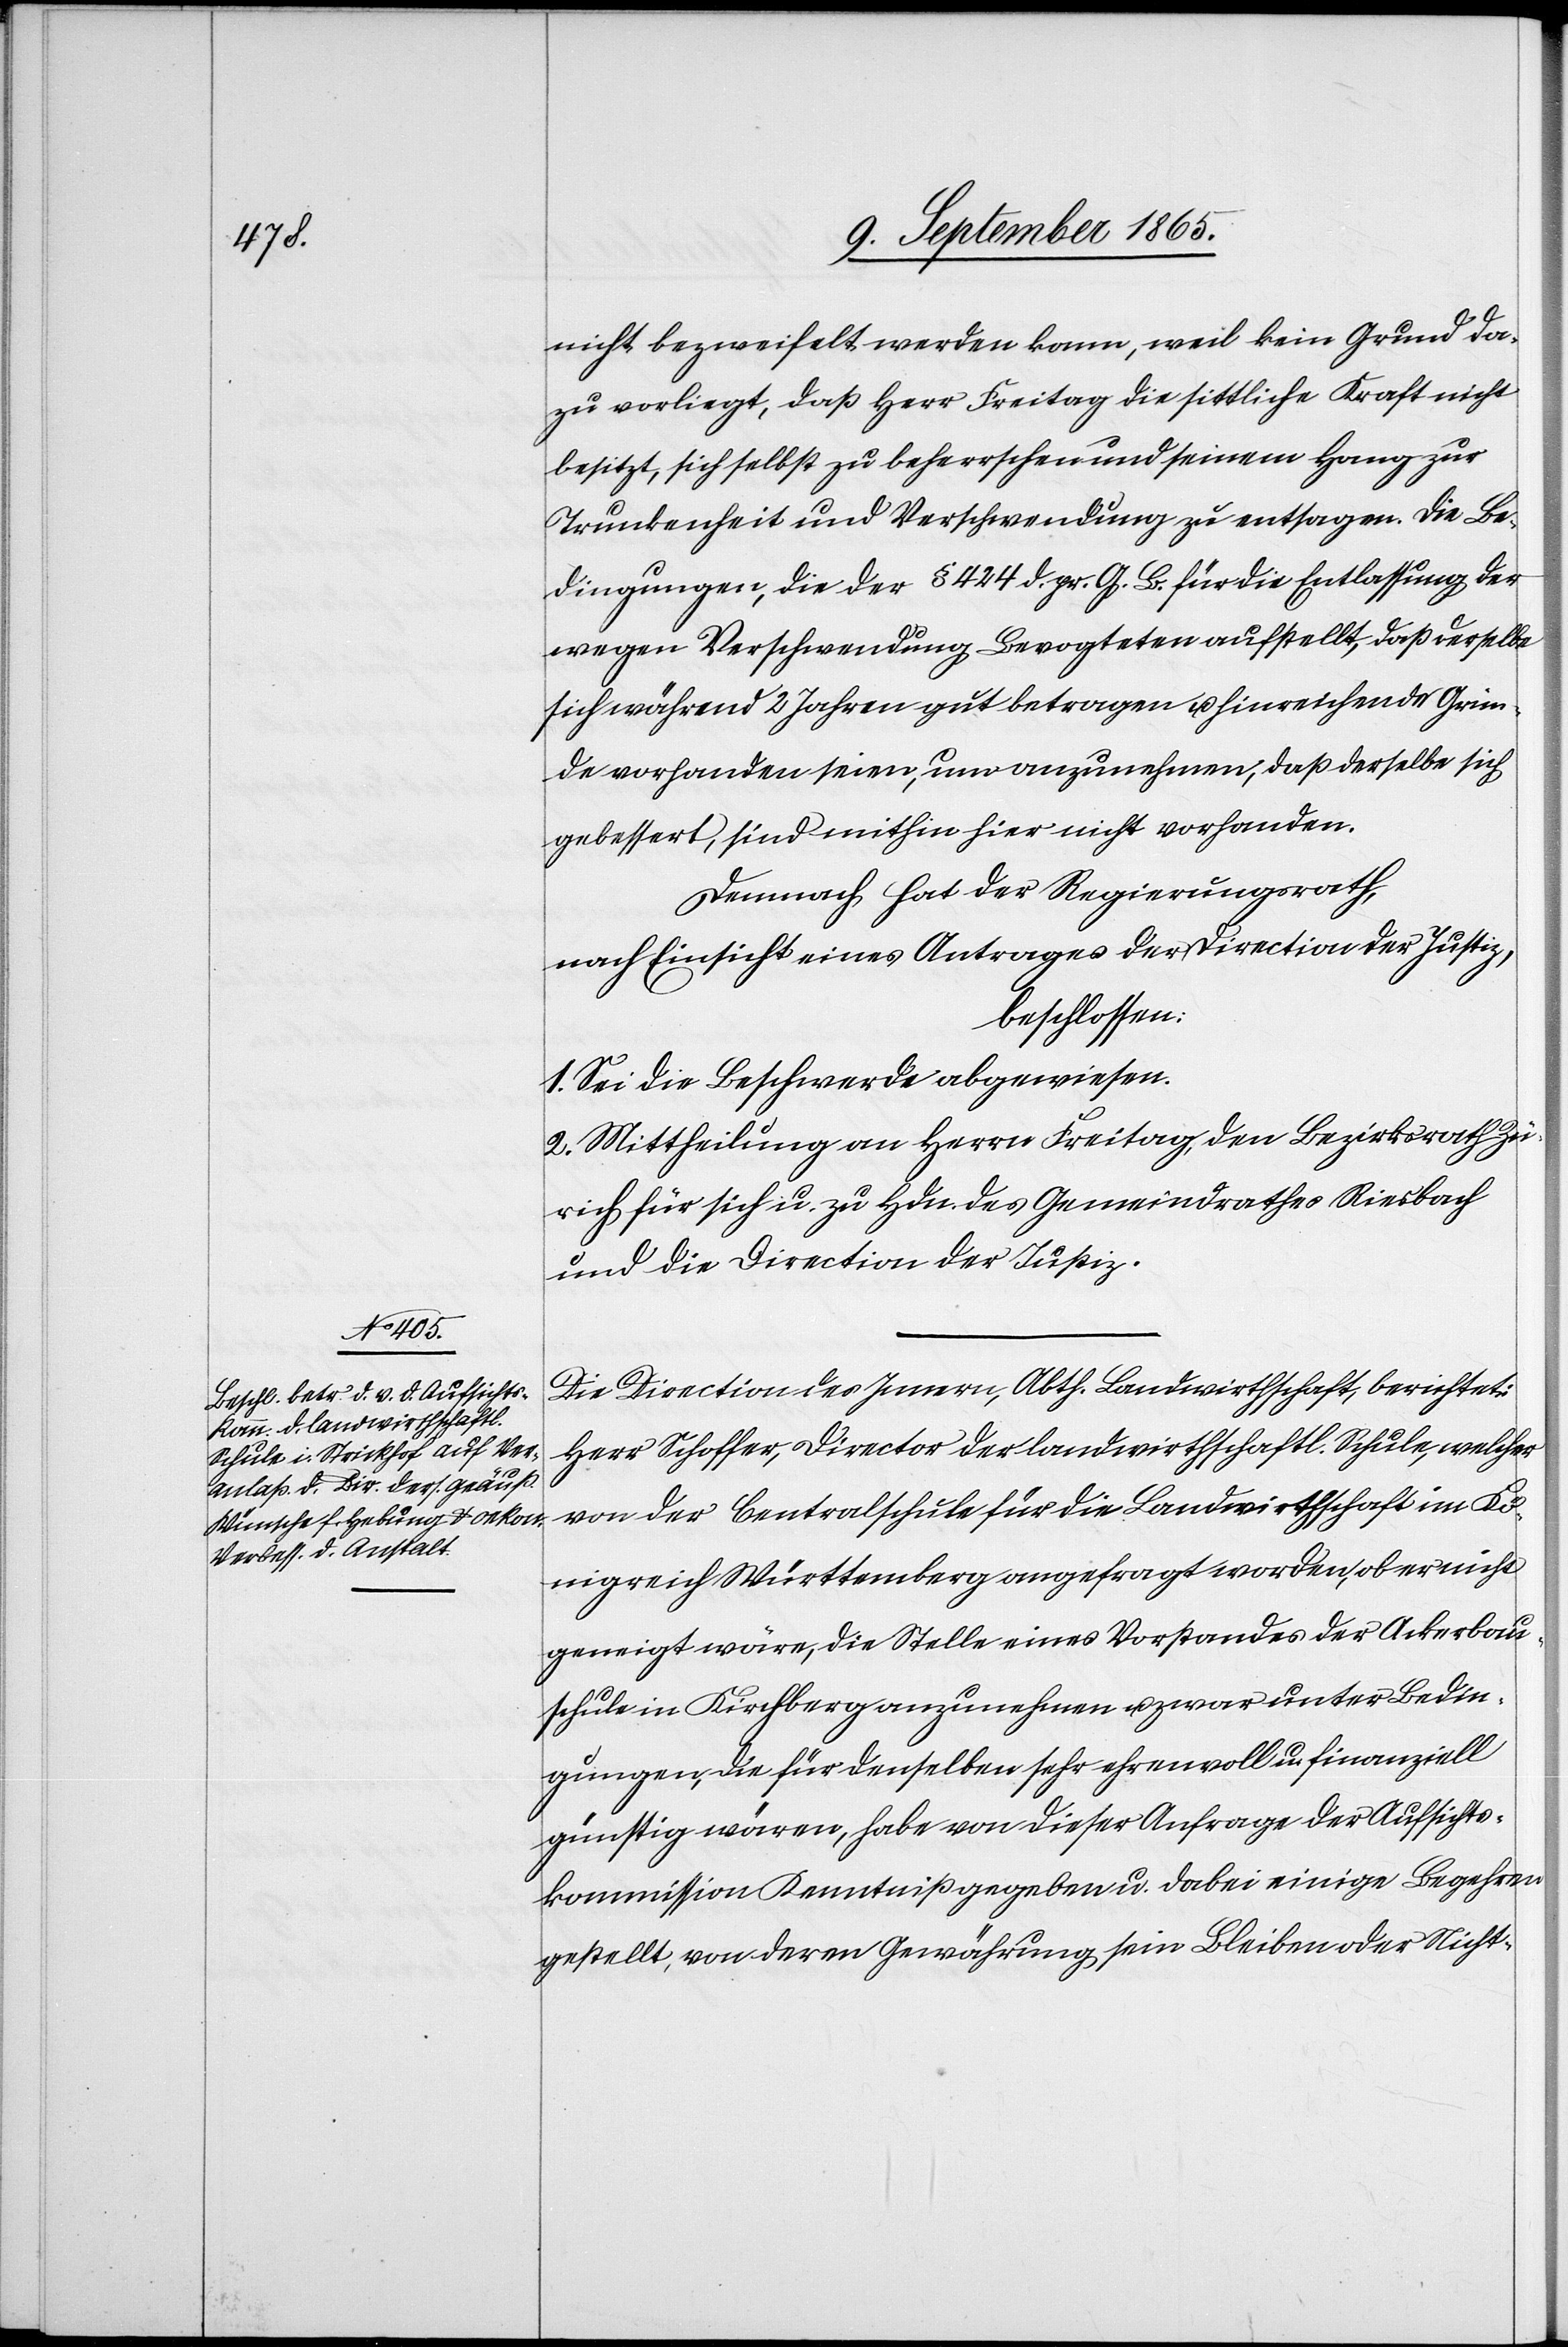
nicht bezweifelt werden kann, weil kein Grund da¬
zu vorliegt, daß Herr Freitag die sittliche Kraft nicht
besitzt, sich selbst zu beherrschen und seinem Hang zur
Trunkenheit und Verschwendung zu entsagen. Die Be¬
dingungen, die der § 424. d. pr. G. B. für die Entlassung der
wegen Verschwendung Bevogteten aufstellt, daß derselbe
sich während 2 Jahren gut betragen u. hinreichende Grün¬
de vorhanden seien, um anzunehmen, daß derselbe sich
gebessert, sind mithin hier nicht vorhanden.
Demnach hat der Regierungsrath,
nach Einsicht eines Antrages der Direction der Justiz,
beschlossen:
1. Sei die Beschwerde abgewiesen.
2. Mittheilung an Herrn Freitag, den Bezirksrath Zü¬
rich für sich u. zu Hdn. des Gemeindrathes Riesbach
und die Direction der Justiz.
Die Direction des Innern, Abth. Landwirthschaft, berichtet:
Herr Schoffer, Director der landwirthschaftl. Schule, welcher
von der Centralschule für die Landwirthschaft im Kö¬
nigreich Württemberg angefragt worden, ob er nicht
geneigt wäre, die Stelle eines Vorstandes der Ackerbau¬
schule in Kirchberg anzunehmen u. zwar unter Bedin¬
gungen, die für denselben sehr ehrenvoll u. finanziell
günstig wären, habe von dieser Anfrage der Aufsichts¬
kommission Kenntniß gegeben u. dabei einige Begehren
gestellt, von deren Gewährung sein Bleiben oder Nicht-